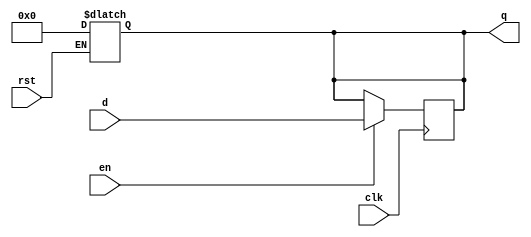
`timescale 1ns / 1ps


module pc #(parameter WIDTH = 32)(
	input wire clk,rst,en,
	input wire[WIDTH-1:0] d,
	output reg[WIDTH-1:0] q
    );

	always @(*) begin
		if(rst) begin
			q <= 0;
		end
	end

	always @(posedge clk) begin
		if(en) begin
			q <= d;
		end
	end
endmodule